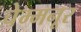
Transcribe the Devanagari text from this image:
चेम्मनूर